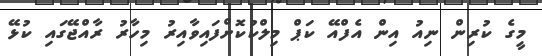
މީގެ ކުރިން ނިއު އިން އެފްއޭ ކަޕް މިލްކުކޮށްފައިވާއިރު މިހާރު ރާއްޖޭގައި ކުޅޭ